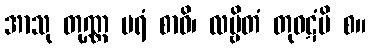
အာသု တုဏ္ဏ မရံ စာဝိ၊ လမ္ဗိတံ တုဝဋံပိ စ။